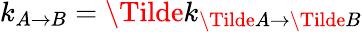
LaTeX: k_{A\rightarrow B}=\Tilde{k}_{\Tilde{A}\rightarrow\Tilde{B}}